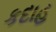
કદાહ